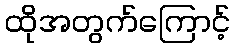
ထိုအတွက်ကြောင့်